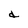
Character: d